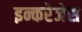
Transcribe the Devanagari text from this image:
इन्करेजेस